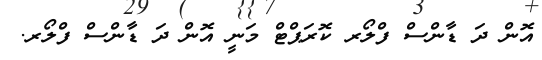
އޮން ދަ ޑާންސް ފްލޯރ ކޮރަޕްޓް މަނީ އޮން ދަ ޑާންސް ފްލޯރ.